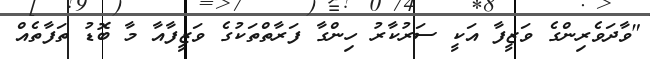
"ވާދަވެރިންގެ ވަޒީފާ އަކީ ސަރުކާރު ހިންގާ ފަރާތްތަކުގެ ވަޒީފާއާ މާ ބޮޑު ތަފާތެއް